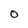
Character: O